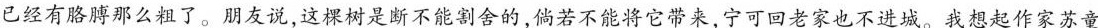
已经有胳膊那么粗了。朋友说，这棵树是断不能割舍的，倘若不能将它带来，宁可回老家也不进城。我想起作家苏童